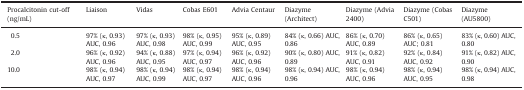
| Procalcitonin cut-off (ng/mL) | Liaison | Vidas | Cobas E601 | Advia Centaur | Diazyme (Architect) | Diazyme (Advia 2400) | Diazyme (Cobas C501) | Diazyme (AU5800) |
 | --- | --- | --- | --- | --- | --- | --- | --- | --- |
 | 0.5 | 97% (κ, 0.93) AUC, 0.96 | 97% (κ, 0.93) AUC, 0.98 | 98% (κ, 0.95) AUC, 0.99 | 95% (κ, 0.89) AUC, 0.95 | 84% (κ, 0.66) AUC, 0.86 | 86% (κ, 0.70) AUC, 0.89 | 86% (κ, 0.65) AUC; 0.81 | 83% (κ, 0.60) AUC, 0.80 |
 | 2.0 | 96% (κ, 0.92) AUC, 0.96 | 94% (κ, 0.88) AUC, 0.95 | 97% (κ, 0.94) AUC, 0.97 | 96% (κ, 0.92) AUC, 0.96 | 90% (κ, 0.80) AUC, 0.89 | 91% (κ, 0.82) AUC, 0.91 | 92% (κ, 0.84) AUC, 0.92 | 91% (κ, 0.82) AUC, 0.90 |
 | 10.0 | 98% (κ, 0.94) AUC, 0.97 | 98% (κ, 0.94) AUC, 0.99 | 98% (κ, 0.94) AUC, 0.97 | 98% (κ, 0.94) AUC, 0.96 | 98% (κ, 0.94) AUC, 0.96 | 98% (κ, 0.94) AUC, 0.96 | 98% (κ, 0.94) AUC, 0.95 | 98% (κ, 0.94) AUC, 0.98 |